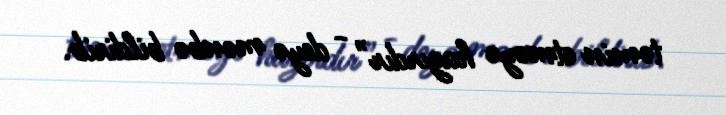
təmin etməyə hazırdır” - deyə mənbə bildirib.